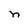
Character: n